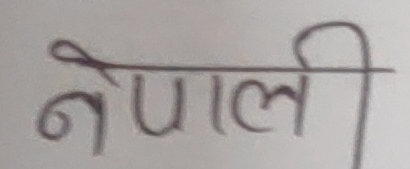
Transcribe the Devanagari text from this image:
नेपाली